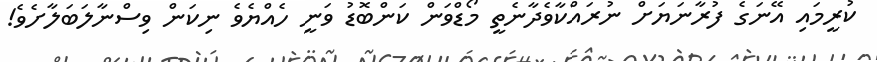
ކުރީމައި އޭނަގެ ފުރާނަޔަށް ނުރައްކާވެދާނެތީ މޯޑްވަން ކަންބޮޑު ވަނީ ހެއްޔެވެ ނިކަން ވިސްނާލަބަލާށެވެ!